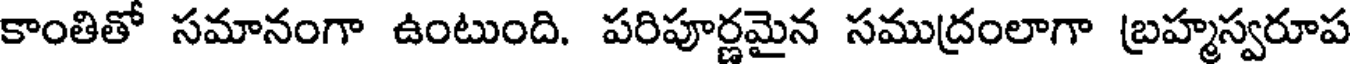
కాంతితో సమానంగా ఉంటుంది. పరిపూర్ణమైన సముద్రంలాగా బ్రహ్మస్వరూప